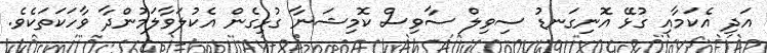
އަދި އެކަމާއި ގުޅޭ އޮނިގަނޑު ސިވިލް ސާވިސް ކޮމިޝަނާ ގުޅިގެން އެކުލަވާލަމުންދާ ވާހަކަތަކެެވެ.